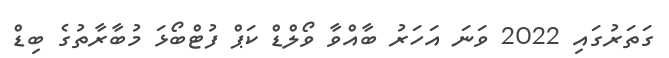
ގަތަރުގައި 2022 ވަަނަ އަހަރު ބާއްވާ ވޯލްޑް ކަޕް ފުޓްބޯޅަ މުބާރާތުގެ ބިޑް